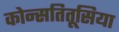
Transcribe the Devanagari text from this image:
कोन्सतितूसिया